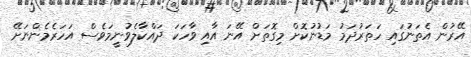
އޭރުން އެތަނުގައި ހަތަރުދަމު މަޑުނުކޮށް މިގޮތަށް އޭނަ އާއި ވާހަކަ ދައްކާލެވުނީމަވެސް އަހަރެމެންނަށޭ